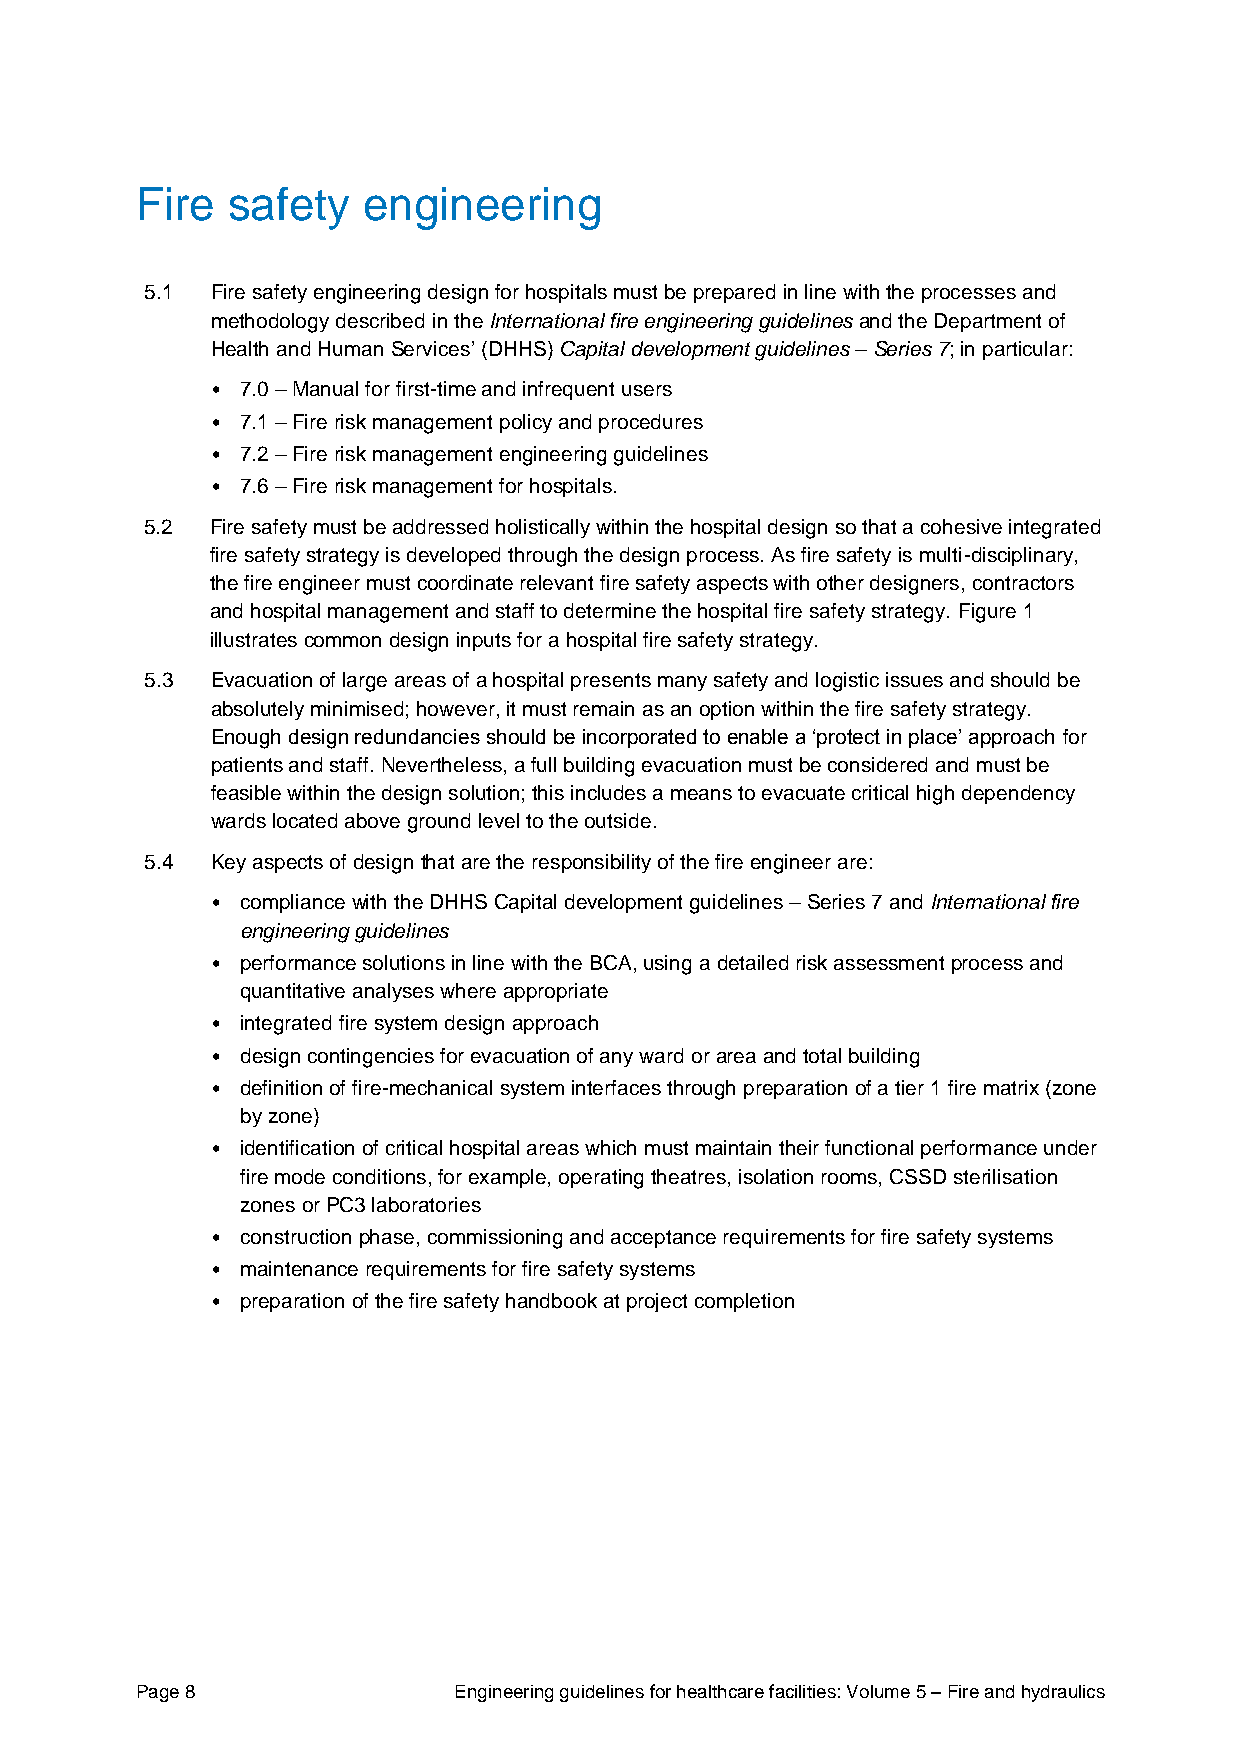
Fire  safety   engineering
 5.1 Fire safety engineering design for hospitals must be prepared in line with the processes and
 methodology described in the International fire engineering guidelines and the Department of
 Health and Human Services’ (DHHS) Capital development guidelines – Series 7; in particular:
 • 7.0 – Manual for first-time and infrequent users
 • 7.1 – Fire risk management policy and procedures
 • 7.2 – Fire risk management engineering guidelines
 • 7.6 – Fire risk management for hospitals.
 5.2 Fire safety must be addressed holistically within the hospital design so that a cohesive integrated
 fire safety strategy is developed through the design process. As fire safety is multi-disciplinary,
 the fire engineer must coordinate relevant fire safety aspects with other designers, contractors
 and hospital management and staff to determine the hospital fire safety strategy. Figure 1
 illustrates common design inputs for a hospital fire safety strategy.
 5.3 Evacuation of large areas of a hospital presents many safety and logistic issues and should be
 absolutely minimised; however, it must remain as an option within the fire safety strategy.
 Enough design redundancies should be incorporated to enable a ‘protect in place’ approach for
 patients and staff. Nevertheless, a full building evacuation must be considered and must be
 feasible within the design solution; this includes a means to evacuate critical high dependency
 wards located above ground level to the outside.
 5.4 Key aspects of design that are the responsibility of the fire engineer are:
 • compliance with the DHHS Capital development guidelines – Series 7 and International fire
 engineering guidelines
 • performance solutions in line with the BCA, using a detailed risk assessment process and
 quantitative analyses where appropriate
 • integrated fire system design approach
 • design contingencies for evacuation of any ward or area and total building
 • definition of fire-mechanical system interfaces through preparation of a tier 1 fire matrix (zone
 by zone)
 • identification of critical hospital areas which must maintain their functional performance under
 fire mode conditions, for example, operating theatres, isolation rooms, CSSD sterilisation
 zones or PC3 laboratories
 • construction phase, commissioning and acceptance requirements for fire safety systems
 • maintenance requirements for fire safety systems
 • preparation of the fire safety handbook at project completion
 Page 8               Engineering guidelines for healthcare facilities: Volume 5 – Fire and hydraulics